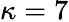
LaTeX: \kappa=7